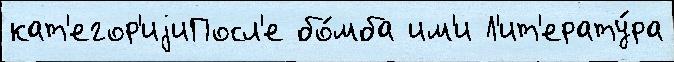
кат'егор'иjиПосл'е бо́мба им'и Л'ит'ерату́ра